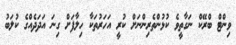
ވިންޓް ބްރޭކް ނަގާތީވެ ކުޅުންތެރިންނަށް ކުރީ އަހަރުތަކާ ހިލާފަށް ގިނަ އަދަދެއްގެ ކުލަބު